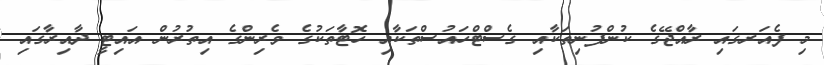
މި ފެއަރގައި ރާއްޖޭގެ ކުންފުނިތަކާއި ގެސްޓްހައުސްތަކާއި ހޮޓާތަކުގެ ވެރިންގެ އިތުރުން އައިޓީ ދާއިރާގައި